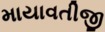
માયાવતીજી